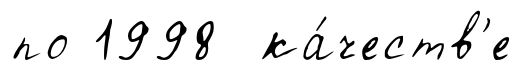
по 1998 ка́честв'е